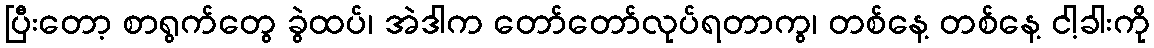
ပြီးတော့ စာရွက်တွေ ခွဲထပ်၊ အဲဒါက တော်တော်လုပ်ရတာကွ၊ တစ်နေ့ တစ်နေ့ ငါ့ခါးကို